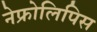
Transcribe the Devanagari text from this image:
नेफ्रोलिपिस